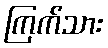
ကြက်သား